画像に写った文字を読んでください
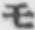
「モ」と書いてあります